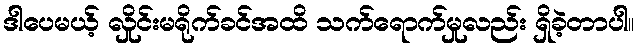
ဒါပေမယ့် လှိုင်းမရိုက်ခင်အထိ သက်ရောက်မှုလည်း ရှိခဲ့တာပါ။